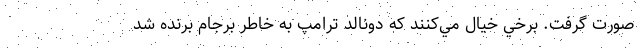
صورت گرفت. برخي خيال مي‌كنند كه دونالد ترامپ به خاطر برجام برنده شد